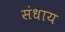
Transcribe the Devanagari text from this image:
संधाय